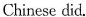
Chinese did.